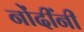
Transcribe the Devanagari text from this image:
नोंदींनी